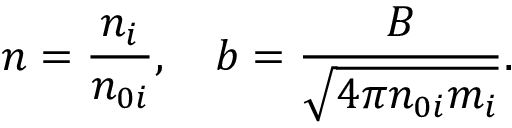
n = \frac { n _ { i } } { n _ { 0 i } } , \quad \boldsymbol { b } = \frac { \boldsymbol { B } } { \sqrt { 4 \pi n _ { 0 i } m _ { i } } } .